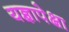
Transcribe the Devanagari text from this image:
यज्ञापेक्षा